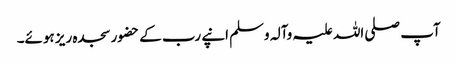
آپ صلی اللہ علیہ وآلہ وسلم انپے رب کے حضور سجدہ ریز ہوئے۔